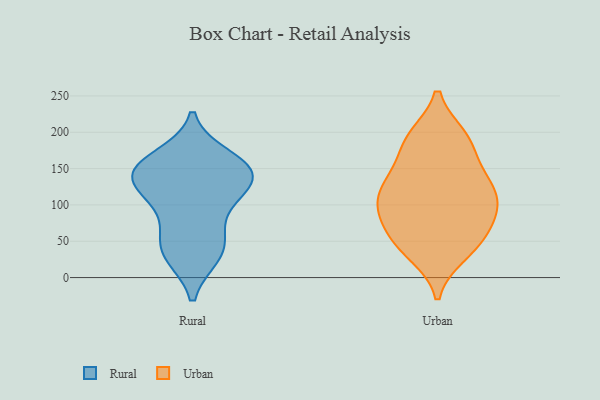
{"axis": {"x": "Budget (USD K)", "y": "Value"}, "legend": ["Rural", "Urban"], "data": [{"x": "", "y": 142, "type": "Rural"}, {"x": "", "y": 31, "type": "Rural"}, {"x": "", "y": 152, "type": "Rural"}, {"x": "", "y": 165, "type": "Rural"}, {"x": "", "y": 61, "type": "Rural"}, {"x": "", "y": 109, "type": "Rural"}, {"x": "", "y": 31, "type": "Rural"}, {"x": "", "y": 45, "type": "Rural"}, {"x": "", "y": 145, "type": "Rural"}, {"x": "", "y": 141, "type": "Rural"}, {"x": "", "y": 125, "type": "Rural"}, {"x": "", "y": 152, "type": "Rural"}, {"x": "", "y": 103, "type": "Rural"}, {"x": "", "y": 139, "type": "Urban"}, {"x": "", "y": 110, "type": "Urban"}, {"x": "", "y": 138, "type": "Urban"}, {"x": "", "y": 192, "type": "Urban"}, {"x": "", "y": 124, "type": "Urban"}, {"x": "", "y": 48, "type": "Urban"}, {"x": "", "y": 100, "type": "Urban"}, {"x": "", "y": 181, "type": "Urban"}, {"x": "", "y": 33, "type": "Urban"}, {"x": "", "y": 193, "type": "Urban"}, {"x": "", "y": 71, "type": "Urban"}, {"x": "", "y": 46, "type": "Urban"}, {"x": "", "y": 82, "type": "Urban"}, {"x": "", "y": 100, "type": "Urban"}]}